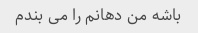
باشه من دهانم را می بندم